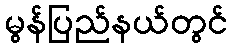
မွန်ပြည်နယ်တွင်